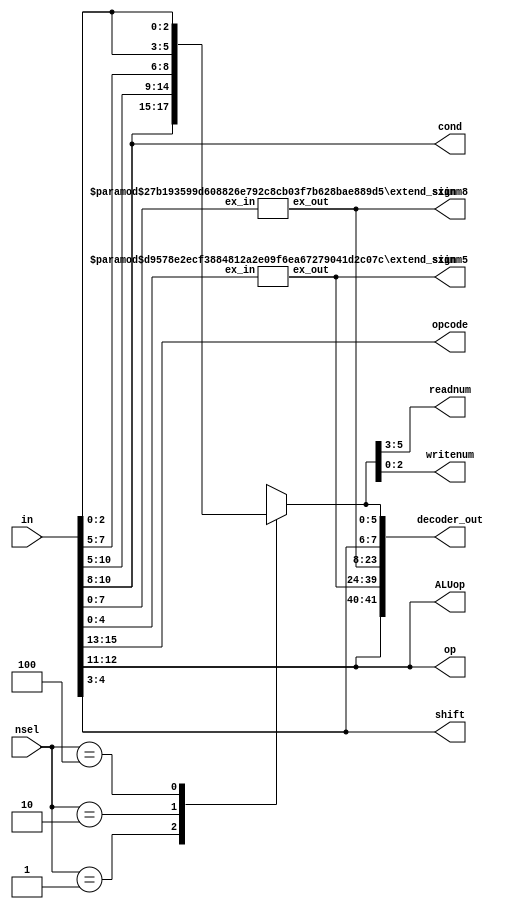
module decoder(in, nsel, opcode, op, readnum, writenum, shift, sximm8, sximm5, ALUop,decoder_out, cond);
	input [15:0]in;
	input [2:0]nsel;
	output [41:0]decoder_out;
	output [2:0]opcode;
	assign opcode = in[15:13];
	
	output [2:0]cond;
	assign cond = in[10:8];
	
	output [1:0]op;
	assign op = in[12:11];
	
	output [1:0]ALUop;
	assign ALUop = in[12:11];
	
	wire[2:0]Rn; 
	wire[2:0]Rd; 
	wire[2:0]Rm;
	
	assign Rm = in[2:0];
	assign Rd = in[7:5];
	assign Rn = in[10:8]; // read and wirte is ready to select nsel
	
	output reg[2:0]readnum;
	output reg[2:0]writenum;
	
	always @(*) begin
		case(nsel)
			3'b001:{readnum,writenum}={Rn,Rn};
			3'b010:{readnum,writenum}={Rd,Rd};
			3'b100:{readnum,writenum}={Rm,Rm};
			default:{readnum,writenum}={3'bx,3'bx};
		endcase
	end	
	
	output[1:0]shift;
	assign shift = in[4:3];
	
	wire [7:0]imm8;
	assign imm8 = in[7:0];
	output [15:0]sximm8; // to be extended
	extend_sign #(8,8) first(.ex_in(imm8),.ex_out(sximm8));
	
	wire [4:0]imm5;
	assign imm5 = in[4:0];
	output [15:0]sximm5; // to be extended
	extend_sign #(5,11) second(.ex_in(imm5),.ex_out(sximm5));	
	
	assign decoder_out = {ALUop, sximm5, sximm8, shift, readnum, writenum};
	
endmodule


module extend_sign(ex_in,ex_out);
	parameter n=1;
	parameter m = 1;
	
	input [n-1:0]ex_in;
	output reg [15:0]ex_out;
	
	always@(*) begin 
		if(ex_in[n-1])
			ex_out = {{m{1'b1}}, ex_in}; 
		else if(~ex_in[n-1])
			ex_out = {{m{1'b0}}, ex_in}; 
		else
			ex_out = 16'bx;
	end
endmodule